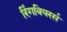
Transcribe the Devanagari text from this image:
रिंगबियरर्स